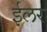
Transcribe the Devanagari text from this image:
ईलर